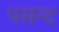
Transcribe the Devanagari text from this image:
पसन्‍द